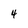
Character: 4